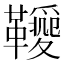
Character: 𩍫